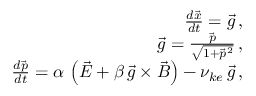
\begin{array} { r l r } & { } & { \frac { d \vec { x } } { d t } = \vec { g } \, , } \\ & { } & { \vec { g } = \frac { \vec { p } } { \sqrt { 1 + \vec { p } ^ { 2 } } } \, , } \\ & { } & { \frac { d \vec { p } } { d t } = \alpha \, \left( \vec { E } + \beta \, \vec { g } \times \vec { B } \right) - \nu _ { k e } \, \vec { g } \, , } \end{array}